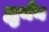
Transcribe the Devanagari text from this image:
ह्युमैन